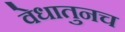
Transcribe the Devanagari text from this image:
वेधातुनच